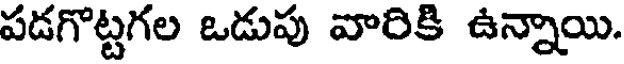
పడగొట్టగల ఒడుపు వారికి ఉన్నాయి.